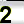
Digit: 2